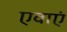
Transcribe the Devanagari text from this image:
एवाएं